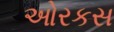
ઓરકસ